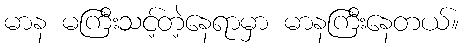
မာန မကြီးသင့်တဲ့နေရာမှာ မာနကြီးနေတယ်။